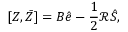
[ Z , \bar { Z } ] = B \hat { e } - \frac { 1 } { 2 } \mathcal R \hat { S } ,